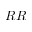
R R